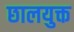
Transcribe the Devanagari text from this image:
छालयुक्त